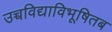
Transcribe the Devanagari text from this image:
उच्चविद्याविभूषितब